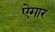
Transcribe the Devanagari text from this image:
ऐगार